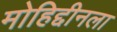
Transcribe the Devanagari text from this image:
मोहिद्दीनला